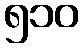
၅၁၀